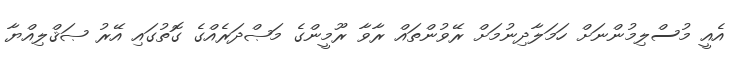
އެއީ މުސްލިމުންނަށް ހަމަލާދިނުމަށް ރޭވުންތައް ރާވާ ރޫމީންގެ މަޞްދަރެއްގެ ގޮތުގައި އޭރު ޞަޤްލިއްޔާ